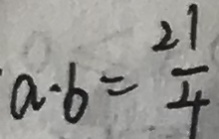
\cdot a \cdot b = \frac { 2 1 } { 4 }